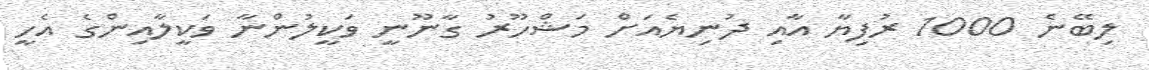
ލިބޭނެ 1000 ރުފިޔާ އާއި ދުނިޔެއަށް މަޝްހޫރު ގާނޫނީ ވަކީލުންނާ ވަކީލާއިންގެ އެހީ